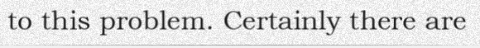
to this problem. Certainly there are